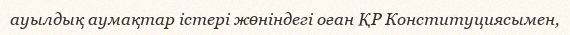
ауылдық аумақтар істері жөніндегі оған ҚР Конституциясымен,